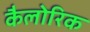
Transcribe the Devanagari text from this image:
कैलोरिक